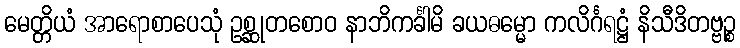
မေတ္တိယံ အာရောစာပေသုံ ဥစ္ဆုတစောဝ နာဘိကင်္ခါမိ ခယဓမ္မော ကလိင်္ဂရဋ္ဌံ နိသီဒိတဗ္ဗဉ္စ